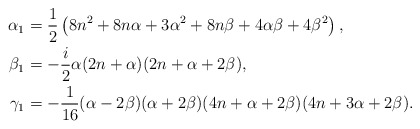
\begin{align*}\alpha _1&=\frac{1}{2} \left(8 n^2+8 n \alpha+3 \alpha ^2+8 n \beta +4 \alpha \beta +4\beta ^2\right),\\\beta _1&=-\frac{i}{2} \alpha (2n+\alpha) (2n+\alpha +2 \beta),\\\gamma _1&=-\frac{1}{16} (\alpha -2 \beta )(\alpha +2 \beta ) (4n+\alpha +2\beta) (4 n +3 \alpha +2\beta).\end{align*}